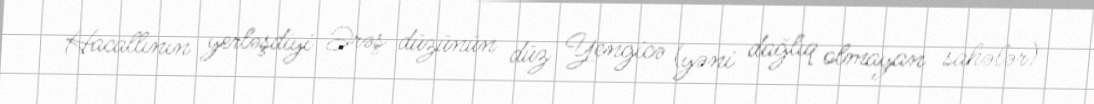
Hacallının yerləşdiyi Ərəş düzünün düz Yengicə (yəni dağlıq olmayan sahələr)